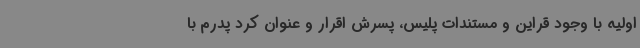
اولیه با وجود قراین و مستندات پلیس، پسرش اقرار و عنوان کرد پدرم با